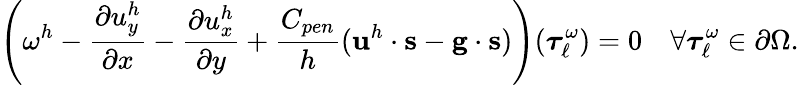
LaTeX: \left(\omega^{h}-\frac{\partial u_{y}^{h}}{\partial x}-\frac{\partial u_{x}^{h}}{\partial y}+\frac{C_{pen}}{h}(\mathbf{u}^{h}\cdot\mathbf{s}-\mathbf{g}\cdot\mathbf{s})\right)(\boldsymbol{\tau}_{\ell}^{\omega})=0\quad\forall\boldsymbol{\tau}_{\ell}^{\omega}\in\partial\Omega.